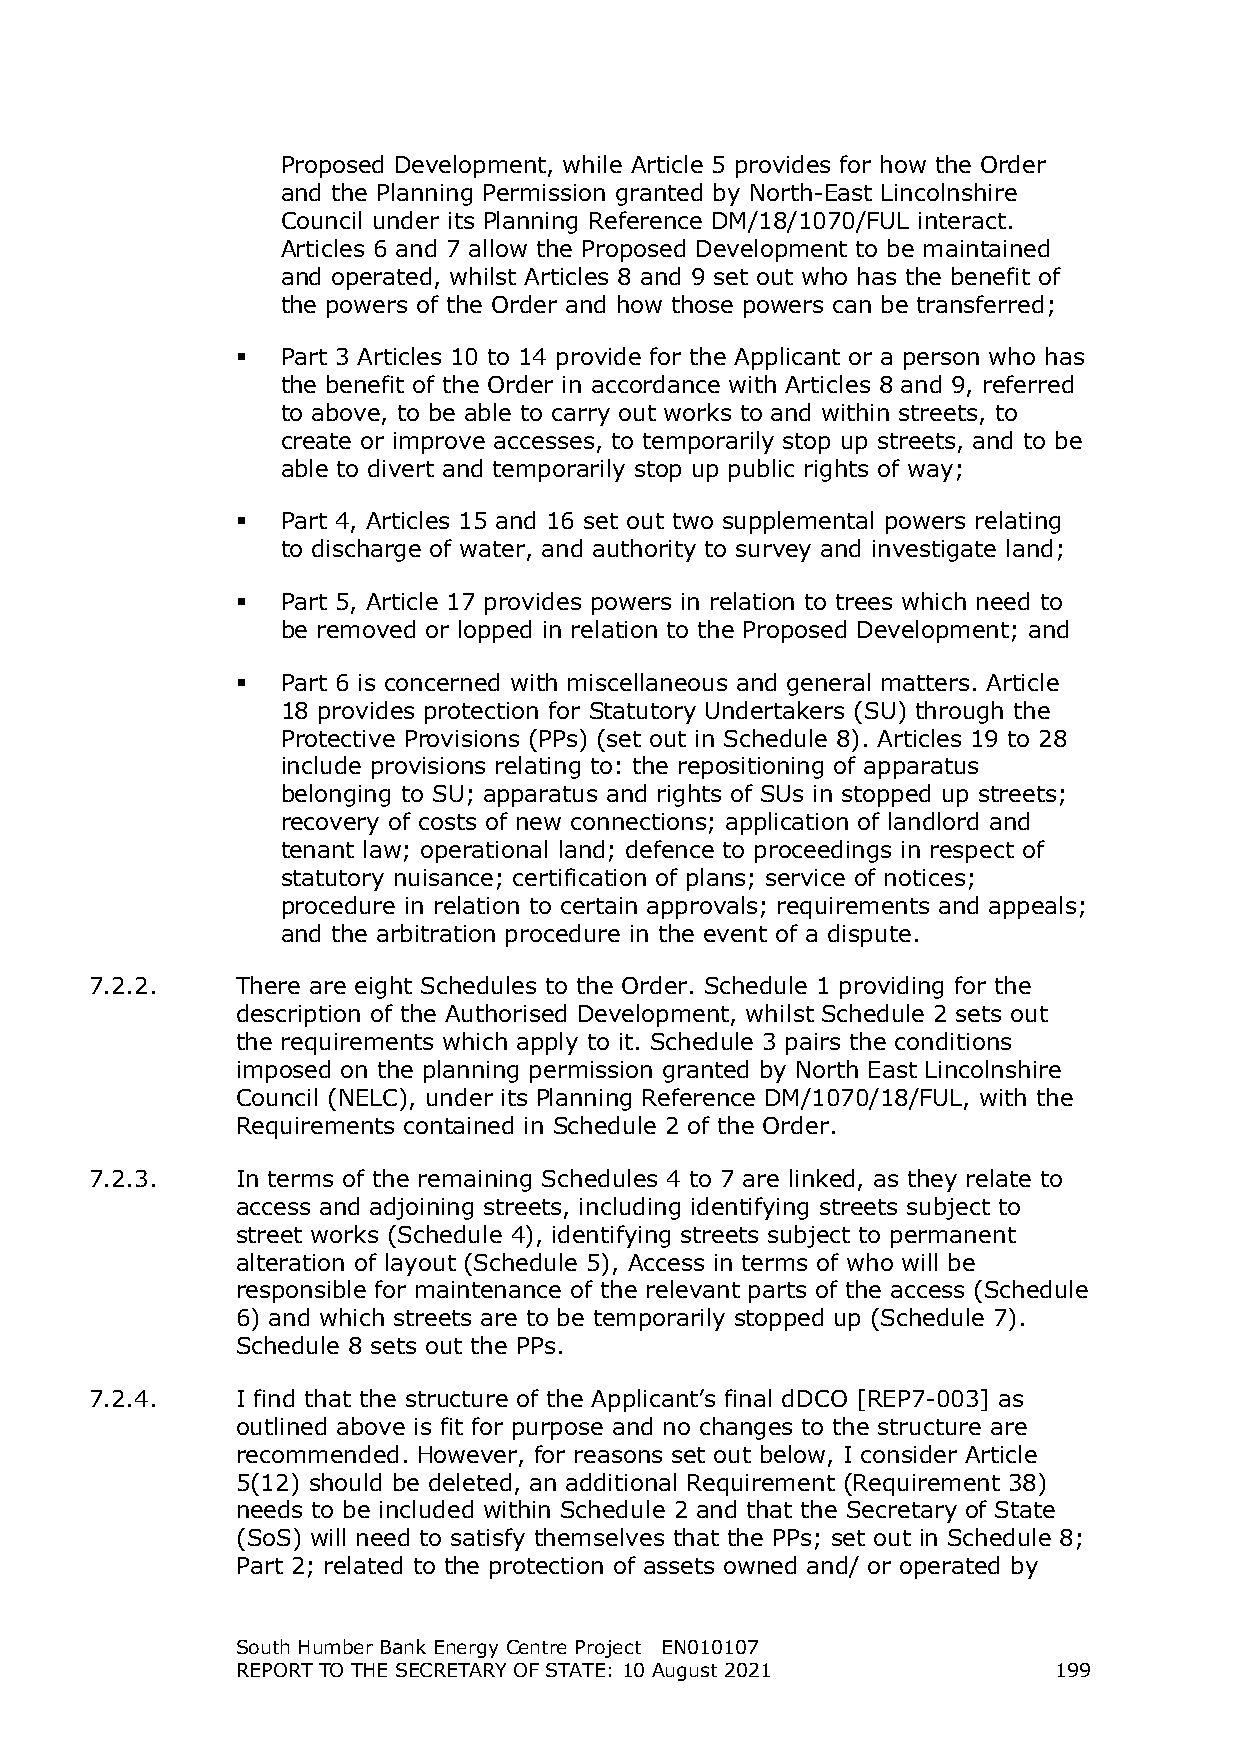
Proposed Development, while Article 5 provides for how the Order
 and the Planning Permission granted by North-East Lincolnshire
 Council under its Planning Reference DM/18/1070/FUL interact.
 Articles 6 and 7 allow the Proposed Development to be maintained
 and operated, whilst Articles 8 and 9 set out who has the benefit of
 the powers of the Order and how those powers can be transferred;
   Part 3 Articles 10 to 14 provide for the Applicant or a person who has
 the benefit of the Order in accordance with Articles 8 and 9, referred
 to above, to be able to carry out works to and within streets, to
 create or improve accesses, to temporarily stop up streets, and to be
 able to divert and temporarily stop up public rights of way;
   Part 4, Articles 15 and 16 set out two supplemental powers relating
 to discharge of water, and authority to survey and investigate land;
   Part 5, Article 17 provides powers in relation to trees which need to
 be removed or lopped in relation to the Proposed Development; and
   Part 6 is concerned with miscellaneous and general matters. Article
 18 provides protection for Statutory Undertakers (SU) through the
 Protective Provisions (PPs) (set out in Schedule 8). Articles 19 to 28
 include provisions relating to: the repositioning of apparatus
 belonging to SU; apparatus and rights of SUs in stopped up streets;
 recovery of costs of new connections; application of landlord and
 tenant law; operational land; defence to proceedings in respect of
 statutory nuisance; certification of plans; service of notices;
 procedure in relation to certain approvals; requirements and appeals;
 and the arbitration procedure in the event of a dispute.
 7.2.2.    There are eight Schedules to the Order. Schedule 1 providing for the
 description of the Authorised Development, whilst Schedule 2 sets out
 the requirements which apply to it. Schedule 3 pairs the conditions
 imposed on the planning permission granted by North East Lincolnshire
 Council (NELC), under its Planning Reference DM/1070/18/FUL, with the
 Requirements contained in Schedule 2 of the Order.
 7.2.3.    In terms of the remaining Schedules 4 to 7 are linked, as they relate to
 access and adjoining streets, including identifying streets subject to
 street works (Schedule 4), identifying streets subject to permanent
 alteration of layout (Schedule 5), Access in terms of who will be
 responsible for maintenance of the relevant parts of the access (Schedule
 6) and which streets are to be temporarily stopped up (Schedule 7).
 Schedule 8 sets out the PPs.
 7.2.4.    I find that the structure of the Applicant’s final dDCO [REP7-003] as
 outlined above is fit for purpose and no changes to the structure are
 recommended. However, for reasons set out below, I consider Article
 5(12) should be deleted, an additional Requirement (Requirement 38)
 needs to be included within Schedule 2 and that the Secretary of State
 (SoS) will need to satisfy themselves that the PPs; set out in Schedule 8;
 Part 2; related to the protection of assets owned and/ or operated by
 South Humber Bank Energy Centre Project EN010107
 REPORT TO THE SECRETARY OF STATE: 10 August 2021      199